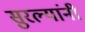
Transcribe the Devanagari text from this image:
सुरल्यांनी